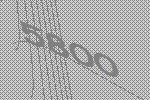
5800